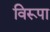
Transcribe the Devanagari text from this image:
विरूपा